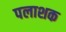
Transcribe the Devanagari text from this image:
पलाशक